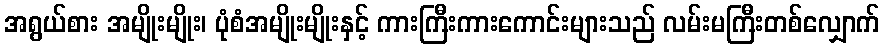
အရွယ်စား အမျိုးမျိုး၊ ပုံစံအမျိုးမျိုးနှင့် ကားကြီးကားကောင်းများသည် လမ်းမကြီးတစ်လျှောက်